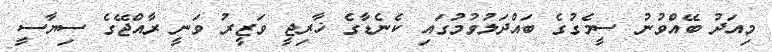
މިއަދު ބޭއްވުނު ސީމެގުގެ ބައްދަލުވުމުގައި ކެނެޑާގެ ޚާރިޖީ ވަޒީރު ވަނީ ރާއްޖޭގެ ސިޔާސީ